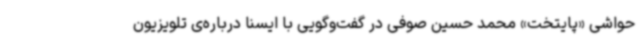
حواشی «پایتخت» محمد حسین صوفی در گفت‌وگویی با ایسنا درباره‌ی تلویزیون